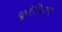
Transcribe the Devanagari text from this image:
क्लॉज़ियस